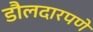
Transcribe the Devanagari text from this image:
डौलदारपणे